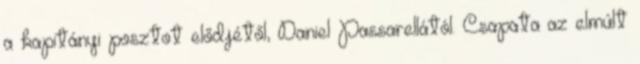
a kapitányi posztot elődjétől, Daniel Passarellától. Csapata az elmúlt